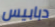
دبابيس